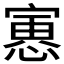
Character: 𫳾